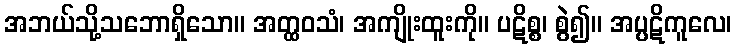
အဘယ်သို့သဘောရှိသော။ အတ္ထဝသံ၊ အကျိုးထူးကို။ ပဋိစ္စ၊ စွဲ၍။ အပ္ပဋိကူလေ၊